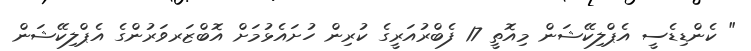
" ކެންޑިޑެސީ އެޕްލިކޭޝަން މިއޮތީ 17 ފެބްރުއަރީގެ ކުރިން ހުށައެޅުމަށް އޮބްޒަރވަރުންގެ އެޕްލިކޭޝަން